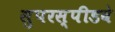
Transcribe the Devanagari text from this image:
सुपरस्पीडवे